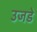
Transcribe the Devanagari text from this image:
उजडे